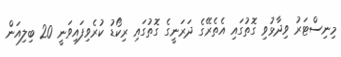
މިނިސްޓަރު ވިދާޅުވި ގޮތުގައި އެތެރޭގެ ދަރަނީގެ ގޮތުގައި ރިކޯޑު ކުރެވިފައިވަނީ 20 ބިލިއަން